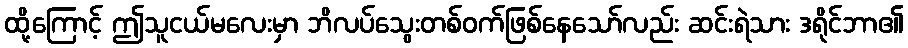
ထို့ကြောင့် ဤသူငယ်မလေးမှာ ဘိလပ်သွေးတစ်ဝက်ဖြစ်နေသော်လည်း ဆင်းရဲသား ဒရိုင်ဘာ၏